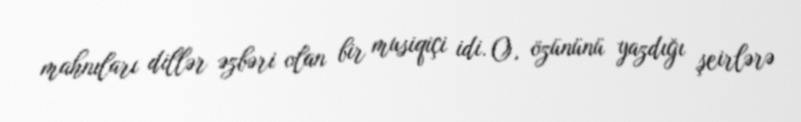
mahnıları dillər əzbəri olan bir musiqiçi idi. O, özününü yazdığı şeirlərə